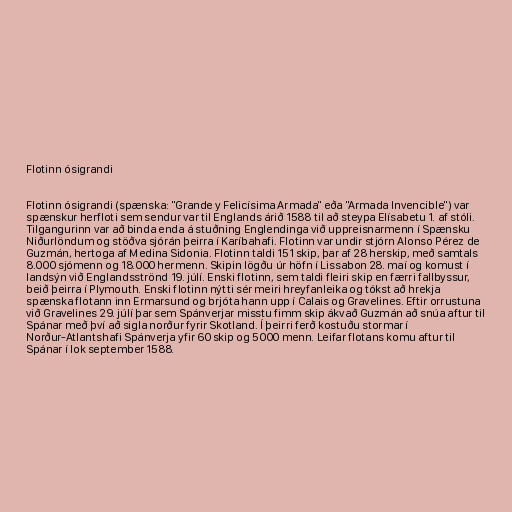
Flotinn ósigrandi

Flotinn ósigrandi (spænska: "Grande y Felicísima Armada" eða "Armada Invencible") var
spænskur herfloti sem sendur var til Englands árið 1588 til að steypa Elísabetu 1. af stóli.
Tilgangurinn var að binda enda á stuðning Englendinga við uppreisnarmenn í Spænsku
Niðurlöndum og stöðva sjórán þeirra í Karíbahafi. Flotinn var undir stjórn Alonso Pérez de
Guzmán, hertoga af Medina Sidonia. Flotinn taldi 151 skip, þar af 28 herskip, með samtals
8.000 sjómenn og 18.000 hermenn. Skipin lögðu úr höfn í Lissabon 28. maí og komust í
landsýn við Englandsströnd 19. júlí. Enski flotinn, sem taldi fleiri skip en færri fallbyssur,
beið þeirra í Plymouth. Enski flotinn nýtti sér meiri hreyfanleika og tókst að hrekja
spænska flotann inn Ermarsund og brjóta hann upp í Calais og Gravelines. Eftir orrustuna
við Gravelines 29. júlí þar sem Spánverjar misstu fimm skip ákvað Guzmán að snúa aftur til
Spánar með því að sigla norður fyrir Skotland. Í þeirri ferð kostuðu stormar í
Norður-Atlantshafi Spánverja yfir 60 skip og 5000 menn. Leifar flotans komu aftur til
Spánar í lok september 1588.